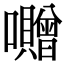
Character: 囎